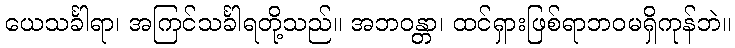
ယေသင်္ခါရာ၊ အကြင်သင်္ခါရတို့သည်။ အဘဝန္တာ၊ ထင်ရှားဖြစ်ရာဘဝမရှိကုန်ဘဲ။